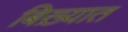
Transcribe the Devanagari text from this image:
बिख़्यात